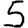
Digit: 5